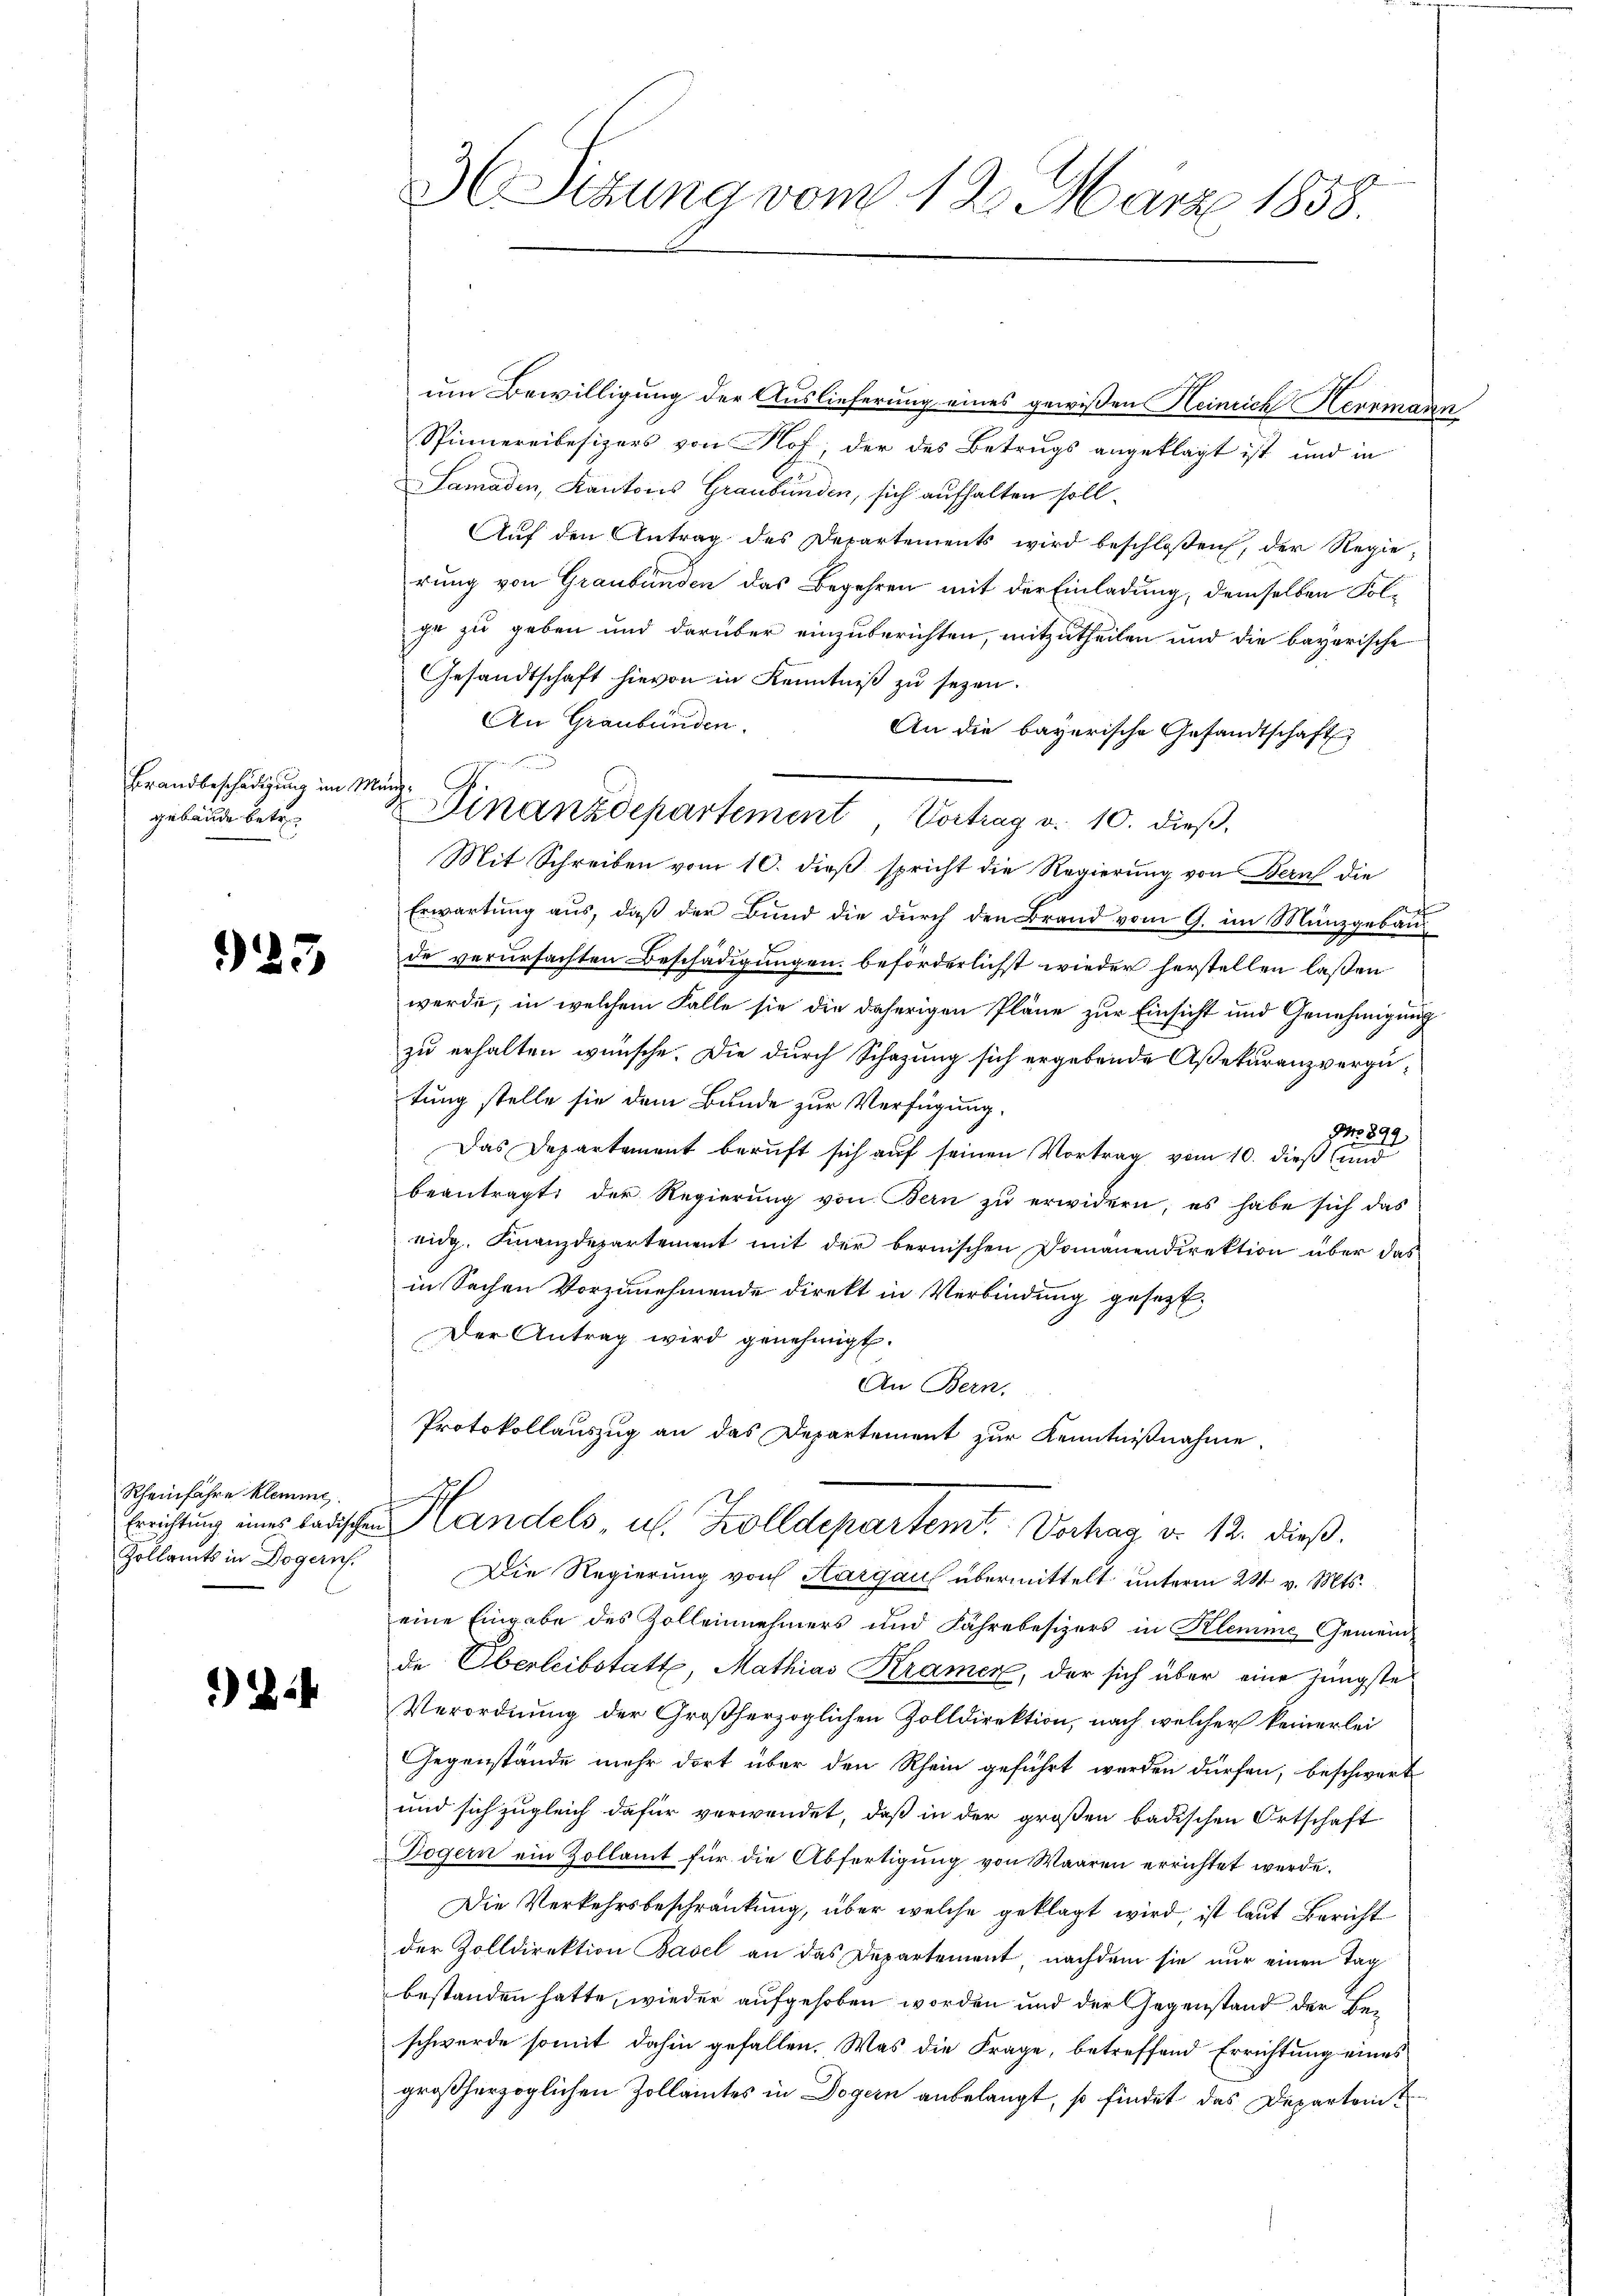
Brandbeschädigung im St.
gebäude betre

923

Rheinfahre kleine
Errichtung eines badischen
Zollamts in Dogern.

2.

3 Sizung vom 12. März 1858.

um Bewilligung der Auslieferung eines gewissen Heinrich Herrmann
Spinnereibesizers von Hof, der des Betrugs angeklagt ist und in
Samaden, Kantons Graubünden, sich aufhalten soll.
Auf den Antrag des Departements wird beschloßen, der Regierung von Graubünden das Begehren mit der Einladung, demselben Folihe zu geben und darüber einzuberichten, mitzutheilen und die bayerische
Gesandtschaft hievon in Kenntniß zu sezen.
An Graubünden.
An die bayerische Gesandtschaft
Mit Schreiben vom 10. dieß spricht die Regierung von Bern die
Erwartung aus, daß der Bund die durch den Brand vom 9. im Münzgebäud
de verursachten Beschädigungen beförderlichst wieder herstellen laßen
werde, in welchem Falle sie die daherigen Pläne zur Einsicht und Genehmigung
zu erhalten wünsche. Die durch Schazung sich ergebende Assekuranzvergütung stelle sie dem Bunde zur Verfügung.
 899.
Das Departement beruft sich auf seinen Vortrag vom 10. dieß (und
beantragt der Regierŭng von Bern zŭ erwidern, es habe sich das
eidg. Finanzdepartement mit der bernischen Domänendirektion über das
in Sachen Vorzunehmende direkt in Verbindung gesezt.
Der Antrag wird genehmigt.
An Bern,
Protokollauszug an das Departement zur Kenntnißnahme.
Handels u. Zolldepartemt. Verhag v. 12. dieß.
Die Regierung von Aargau übermittelt unterm 28t v. Mts.
eine Eingabe des Zollennehmers und Fährebesizers in Klemme Gemeinde Oberleibstatt, Mathias Kramer, der sich über eine jüngste
Verordnung der Großherzoglichen Zolldirektion, nach welcher keinerlei
Gegenstände mehr dort über den Rhein geführt werden dürfen, beschwert
und sich zugleich dafür verwendet, daß in der großen badischen Ortschaft
Dogern ein Zollamt für die Abfertigung von Waaren errichtet werde.
Die Verkehrsbeschränkung, über welche geklagt wird, ist laut Bericht
der Zolldirektion Basel an das Departement nachdem sie nur einen Tag
bestanden hatte, wieder aufgehoben worden und der Gegenstand der Beschwerde somit dahin gefallen. Was die Frage, betreffend Errichtung eines
großherzoglichen Zollamtes in Dogern anbelangt, so findet das Departei

n
ich
Finanzdepartement Vortrag v. 10. dieß,